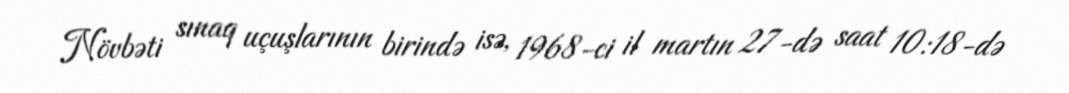
Növbəti sınaq uçuşlarının birində isə, 1968-ci il martın 27-də saat 10:18-də